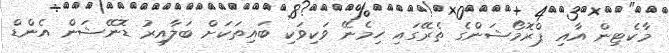
މާކެޓިން އާއި ޕްރޮމޯޝަންގެ ތެރޭގައި ހިމެނޭ ވަކިވަކި ބައިތަކަށް ބަލާއިރު ޑޮނޭޝަން އެންޑް